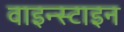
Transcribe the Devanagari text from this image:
वाइन्स्टाइन